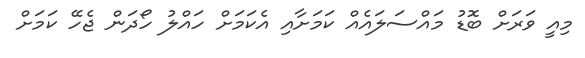
މިއީ ވަރަށް ބޮޑު މައްސަލައެއް ކަމަށާއި އެކަމަށް ހައްލު ހޯދަން ޖެހޭ ކަމަށް